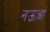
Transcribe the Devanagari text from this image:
नऊआं